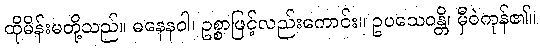
ထိုမိန်းမတို့သည်။ ဓနေနဝါ၊ ဥစ္စာဖြင့်လည်းကောင်း။ ဥပသေဝန္တိ၊ မှီဝဲကုန်၏။